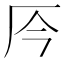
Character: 㕂